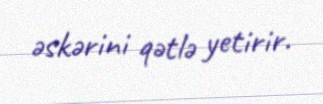
əskərini qətlə yetirir.